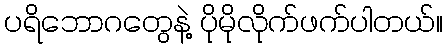
ပရိဘောဂတွေနဲ့ ပိုမိုလိုက်ဖက်ပါတယ်။